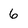
Character: 6